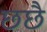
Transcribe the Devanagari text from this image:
छछै